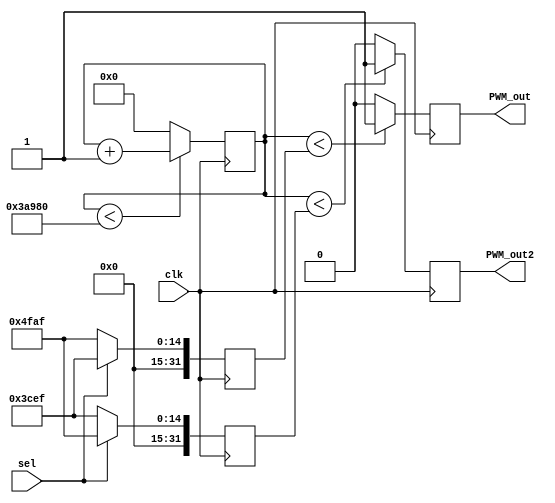
module PWM (PWM_out, PWM_out2, clk , sel);

input clk, sel; // Port type declared
// input [7:0] PWM_ontime; // 8-bit PWM input

output reg PWM_out;
output reg PWM_out2; // 1 bit PWM output

wire [7:0] counter_out; // 8-bit counter output

parameter count_max = 240000;
parameter duty_cck  = 20399 ; 
parameter duty_ck  = 15599;     
integer counter = 0, duty, duty2;

always @ (posedge clk)
begin
if (counter < count_max)
   counter <= counter + 1'b1;
else 
   counter <= 0;
end

always @ (posedge clk)
begin
if (sel == 1'b0) begin 
     duty <= duty_cck;
     duty2 <= duty_ck;
     end
 else begin
     duty <= duty_ck;
     duty2 <= duty_cck;
     end
end

always @ (posedge clk)
begin
if (counter < duty)
   PWM_out <=  1'b1;
   else
   PWM_out  <=  1'b0;

if (counter < duty2)
   PWM_out2 <=  1'b1;
   else
   PWM_out2  <=  1'b0;

end     
endmodule